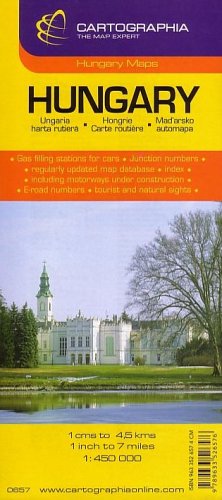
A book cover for Hungary, Classic Road Map (Country Map); Cartographia; Travel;